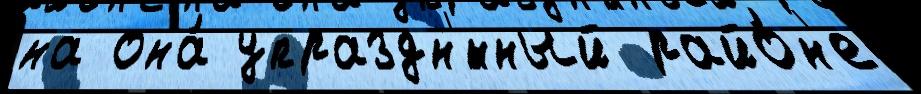
на она́ упраздн'́нный райо́н'е